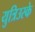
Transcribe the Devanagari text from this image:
युत्रिउस्के